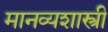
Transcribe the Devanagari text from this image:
मानव्यशास्त्री